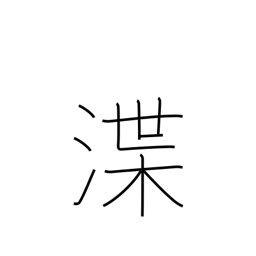
Meaning: dredging